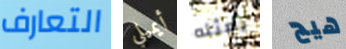
التعارف أيميلي يمثله هيج